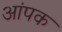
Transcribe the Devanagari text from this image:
आंपक